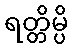
ရတ္တိမ္ပိ